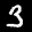
Label: 3